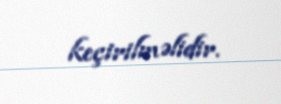
keçirilməlidir.